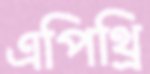
এপিথ্রি